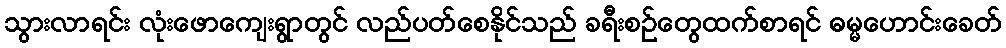
သွားလာရင်း လုံးဖောကျေးရွာတွင် လည်ပတ်စေနိုင်သည် ခရီးစဉ်တွေထက်စာရင် ဓမ္မဟောင်းခေတ်